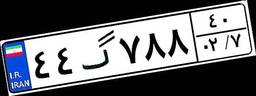
۴۴گ۷۸۸۴۰